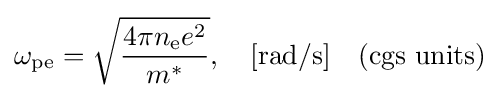
\omega _{\mathrm {pe} }={\sqrt {\frac {4\pi n_{\mathrm {e} }e^{2}}{m^{*}}}},\quad {\text{[rad/s]}}\quad {\text{(cgs units)}}